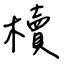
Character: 櫝